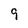
Character: 9